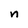
Character: n